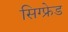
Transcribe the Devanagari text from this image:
सिग्फ्रेड